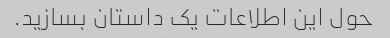
حول این اطلاعات یک داستان بسازید.